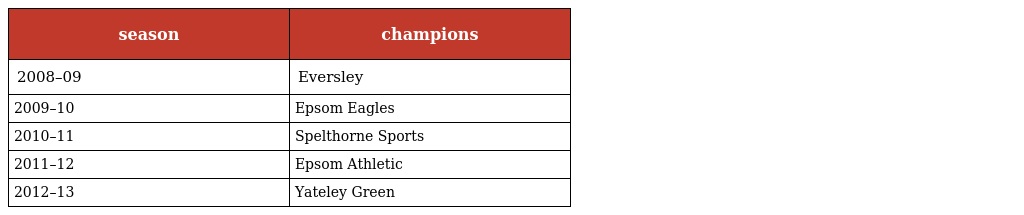
| season | champions |
 | --- | --- |
 | 2008–09 | Eversley |
 | 2009–10 | Epsom Eagles |
 | 2010–11 | Spelthorne Sports |
 | 2011–12 | Epsom Athletic |
 | 2012–13 | Yateley Green |